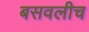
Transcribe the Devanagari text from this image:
बसवलीच